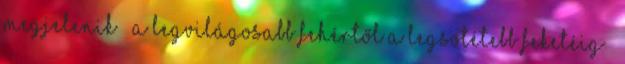
megjelenik – a legvilágosabb fehértől a legsötétebb feketéig –